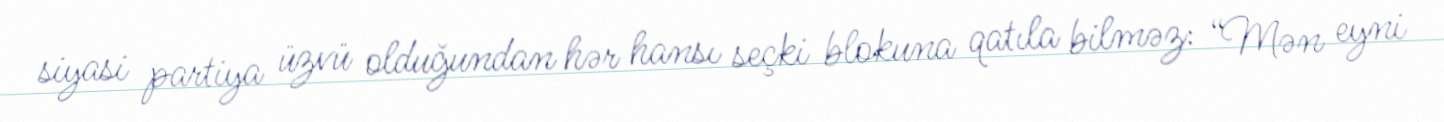
siyasi partiya üzvü olduğundan hər hansı seçki blokuna qatıla bilməz: “Mən eyni